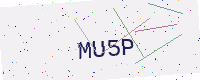
Text: MU5P